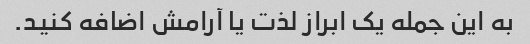
به این جمله یک ابراز لذت یا آرامش اضافه کنید.